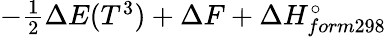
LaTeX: -\textstyle{\frac{1}{2}}\Delta E(T^{3})+\Delta F+\Delta H_{form298}^{\circ}